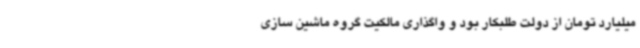
میلیارد تومان از دولت طلبکار بود و واگذاری مالکیت گروه ماشین سازی